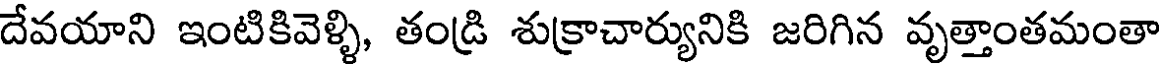
దేవయాని ఇంటికివెళ్ళి, తండ్రి శుక్రాచార్యునికి జరిగిన వృత్తాంతమంతా